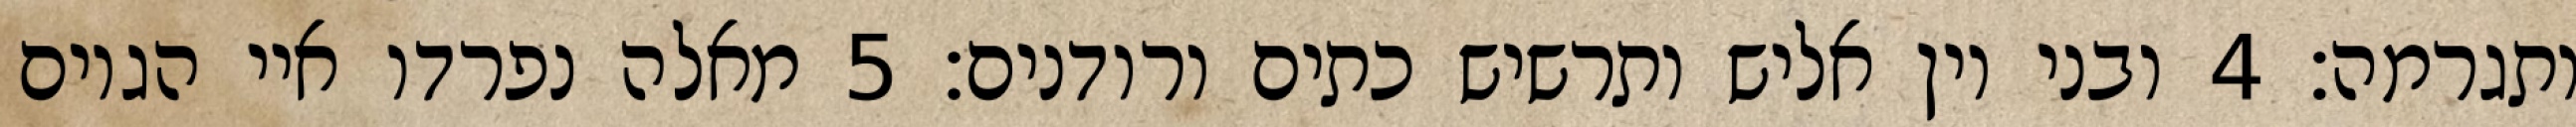
ותגרמה׃ ‎4‏ ובני יון אליש ותרשיש כתים ורודנים׃ ‎5‏ מאלה נפרדו איי הגוים